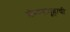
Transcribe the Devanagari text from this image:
सैन्यसमूहाची